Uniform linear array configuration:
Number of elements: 8
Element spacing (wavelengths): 0.5
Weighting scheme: hann
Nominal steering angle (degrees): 60
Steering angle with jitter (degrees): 60.991
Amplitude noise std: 0.05
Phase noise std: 0.05

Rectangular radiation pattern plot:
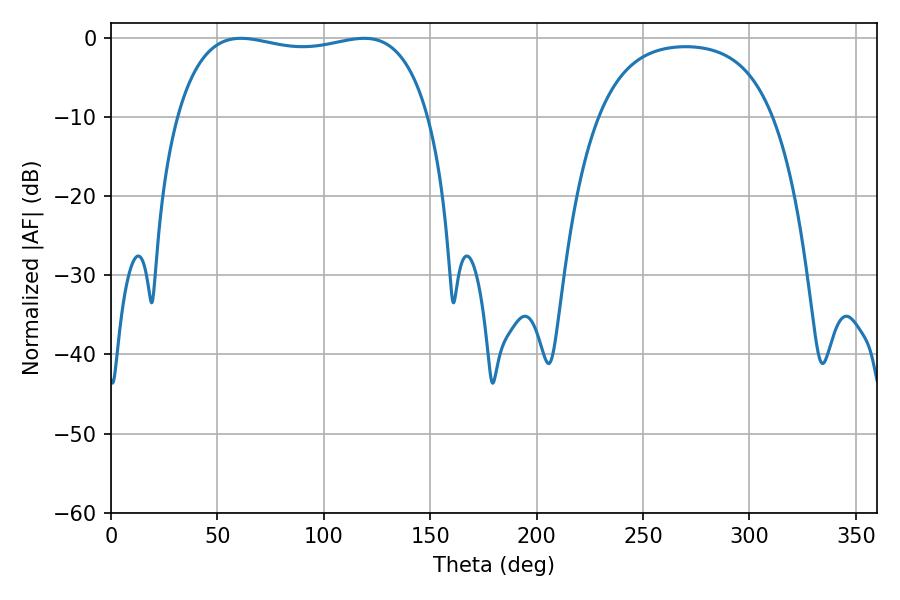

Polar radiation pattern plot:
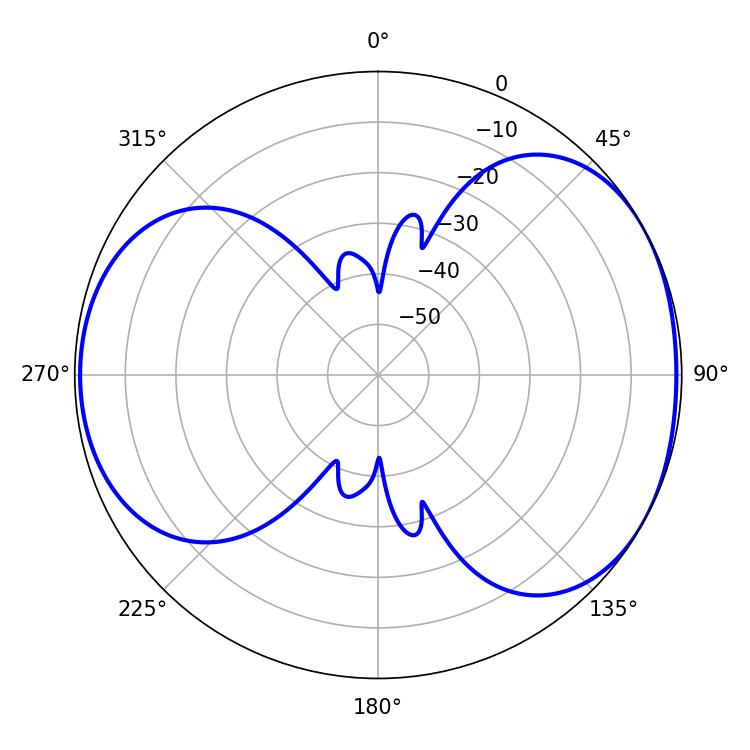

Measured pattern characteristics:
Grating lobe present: FALSE
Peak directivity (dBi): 4.946
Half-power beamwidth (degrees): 95.76
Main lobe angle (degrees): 61.02